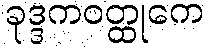
ခုဒ္ဒကဝတ္ထုကေ